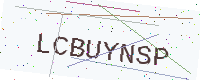
Text: LCBUYNSP